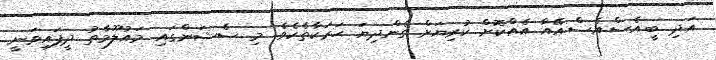
އަދި ބީ.އެސް.އެސް.އޭއާ އެއްކޮށް ކުރިޔަށް ގެންދިޔަ ޙަރަކާތެކެވެ. މި ސެޝަންގައި މައުލޫމާތު ދީފައިވަނީ